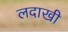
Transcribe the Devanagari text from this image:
लदाखी